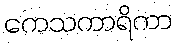
ကေသကာရိကာ